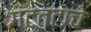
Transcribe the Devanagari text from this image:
गटतटाचे